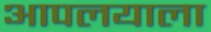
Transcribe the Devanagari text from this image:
आपलयाला